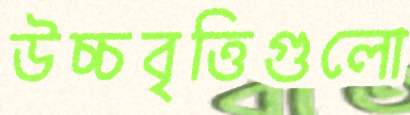
উচ্চবৃত্তিগুলো